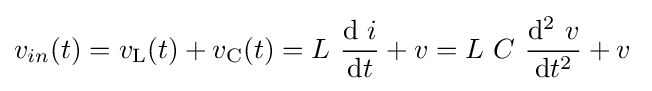
v_{in}(t)=v_{\mathrm {L} }(t)+v_{\mathrm {C} }(t)=L\ {\frac {\mathrm {d} \ i}{\mathrm {d} t}}+v=L\ C\ {\frac {\mathrm {d} ^{2}\ v}{\mathrm {d} t^{2}}}+v\;